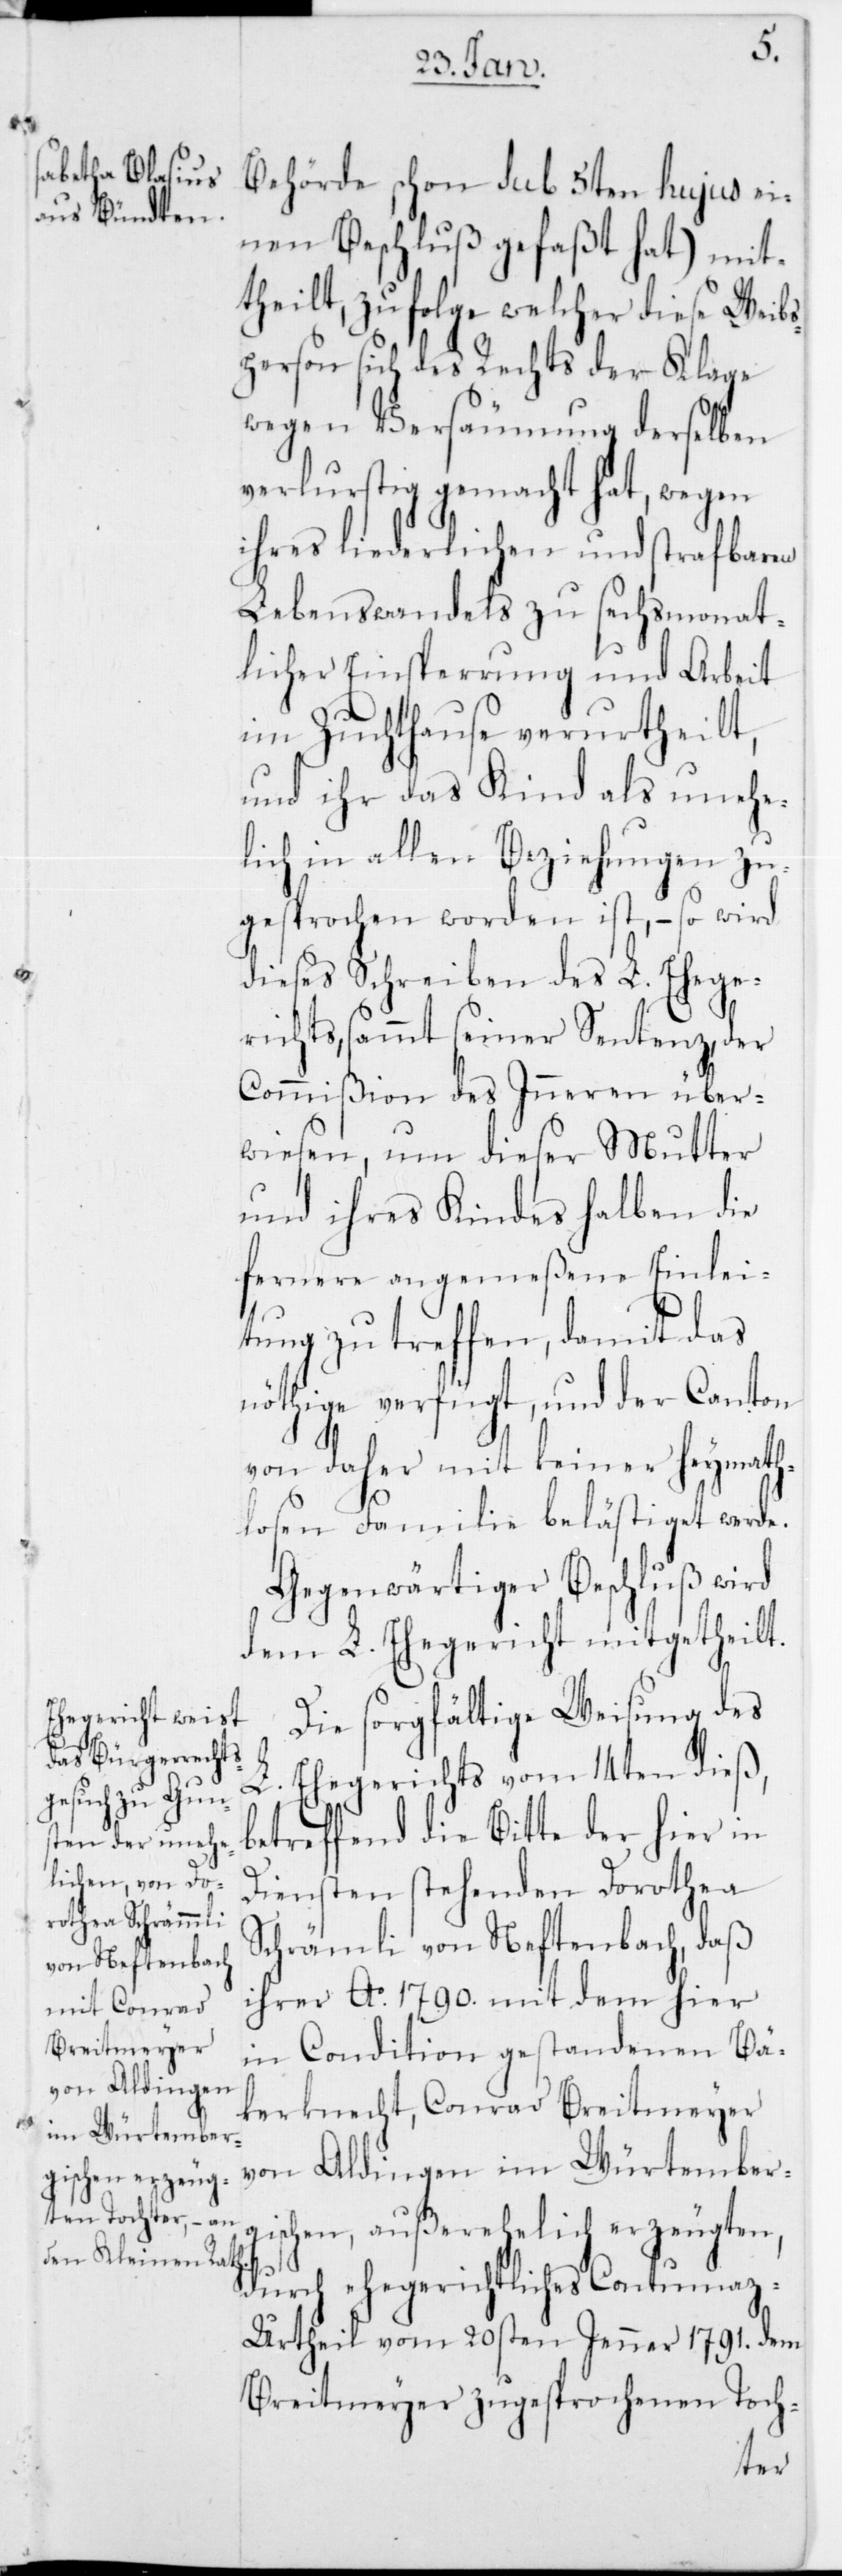
Behörde schon sub 5ten hujus ei¬
nen Beschluß gefaßt hat) mit¬
theilt, zufolge welcher diese Weibs¬
person sich des Rechts der Klage
wegen Versäumung derselben
verluestig gemacht hat, wegen
ihres liederlichen und strafbaren
Lebenswandels zu sechsmonat¬
licher Einsperrung und Arbeit
im Zuchthause verurtheilt,
und ihr das Kind als unehe¬
lich in allen Beziehungen zu¬
gesprochen worden ist, – so wird
dieses Schreiben des L. Ehege¬
richts sammt seiner Sentenz, der
Commißion des Innern über¬
wiesen, um dieser Mutter
und ihres Kindes halben die
fernere angemeßene Einlei¬
tung zu treffen, damit das
nöthige verfügt, und der Canton
von daher mit keiner heimath¬
losen Familie belästiget werde.
Gegenwärtiger Beschluß wird
dem L. Ehegericht mitgetheilt.
Die sorgfältige Weisung des
L. Ehegerichts vom 14ten dieß,
betreffend die Bitte der hier in
Diensten stehenden Dorothea
von Neftenbach,
ihrer Ao. 1790 mit dem hier
in Condition gestandenen Bä¬
kerknecht, Conrad Breitmeyer
von Aldingen im Würtemberg¬
ischen, außerehelich erzeugten,
durch ehegerichtliches Contuma¬
z-Urtheil vom 20sten Jenner 1791. dem
Breitmeyer zugesprochenen Toch-